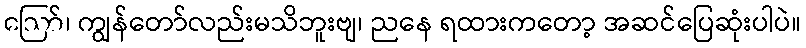
ဪ၊ ကျွန်တော်လည်းမသိဘူးဗျ၊ ညနေ ရထားကတော့ အဆင်ပြေဆုံးပါပဲ။